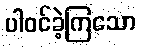
ပါဝင်ခဲ့ကြသော